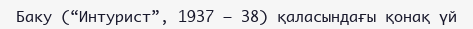
Баку (“Интурист”, 1937 – 38) қаласындағы қонақ үй